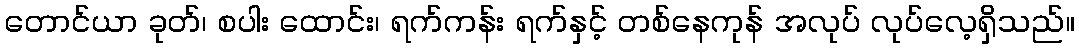
တောင်ယာ ခုတ်၊ စပါး ထောင်း၊ ရက်ကန်း ရက်နှင့် တစ်နေကုန် အလုပ် လုပ်လေ့ရှိသည်။